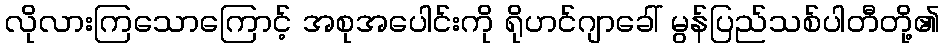
လိုလားကြသောကြောင့် အစုအပေါင်းကို ရိုဟင်ဂျာခေါ် မွန်ပြည်သစ်ပါတီတို့၏